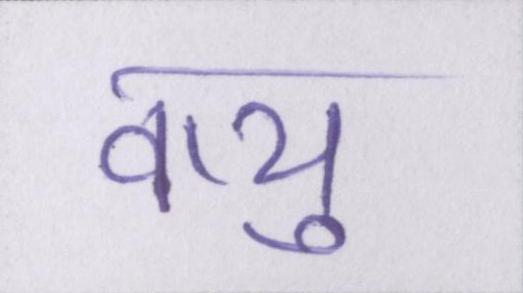
वायु